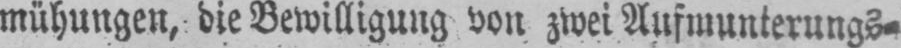
mühungen, die Bewilligung von zwei Aufmunterungs⸗